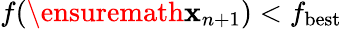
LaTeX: f(\ensuremath{\mathbf{x}}_{n+1})<f_{\mathrm{best}}